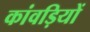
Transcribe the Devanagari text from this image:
कांवड़ियों